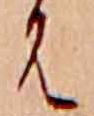
は